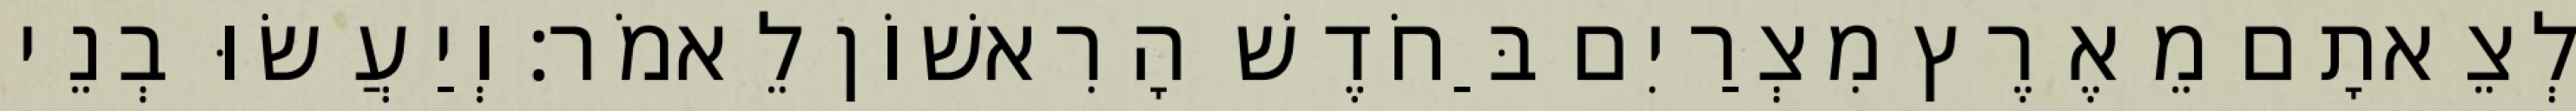
לְצֵאתָם מֵאֶרֶץ מִצְרַיִם בַּחֹדֶשׁ הָרִאשׁוֹן לֵאמֹר׃ וְיַעֲשׂוּ בְנֵי